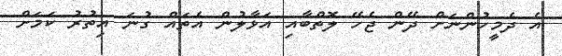
އެ ދެމީހުންނަށް ދޭން ޖެހޭ ލޮތްބާއި އަޅާލުން އެތައް ގުނަ އިތުރު ކަމަށް